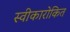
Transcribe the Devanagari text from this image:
स्वीकारोकित